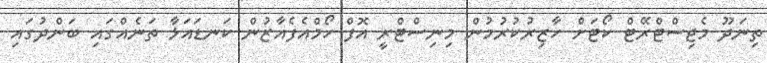
ތިނަދޫ މެޖިސްޓްރޭޓް ކޯޓަށް ހާޒިރުކުރުމުން މިނިސްޓްރީ އޮފް ހޯމްއެފެއާޒުން ކަނޑައަޅާ ތަނެއްގައި ބަންދުގައި